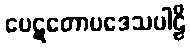
ပေဋတောပဒေသပါဠိ